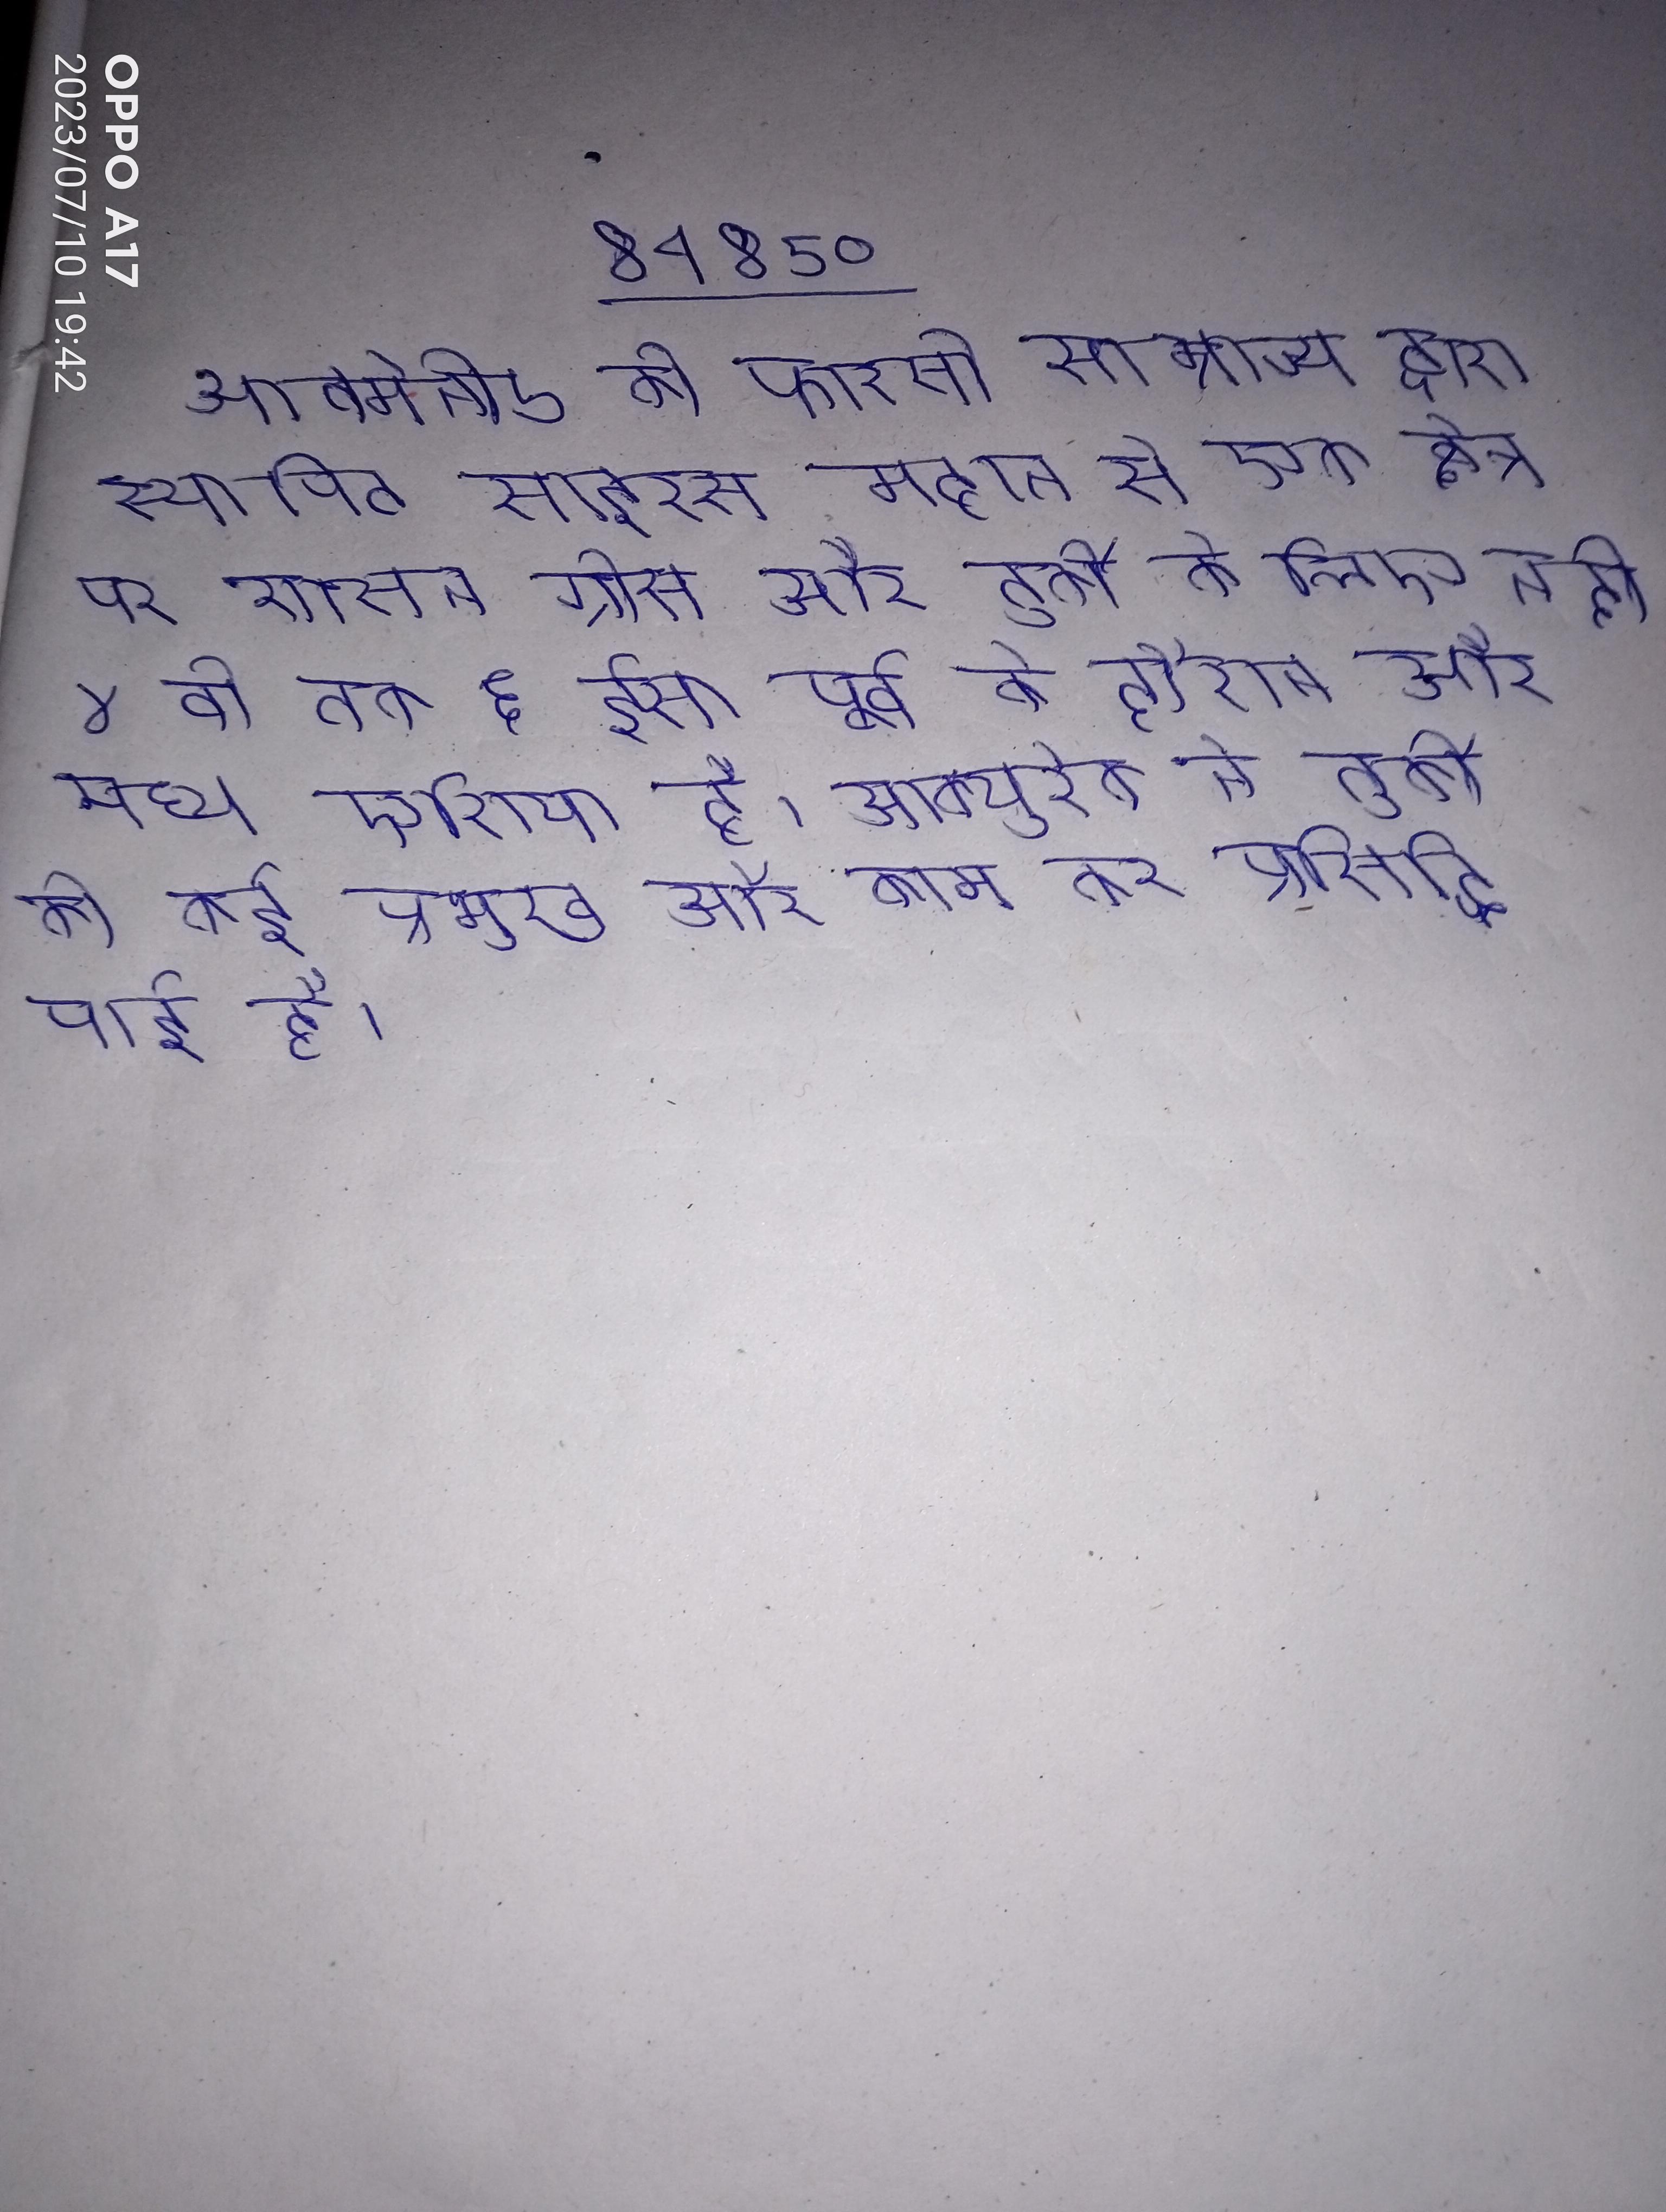
आक्मेनीड की फारसी साम्राज्य द्वारा स्थापित साइरस महान से एक क्षेत्र पर शासन ग्रीस और तुर्की के लिए नदी ४ वी तक ६ ईसा पूर्व के दौरान और मध्य एशिया है । आक्युरेक ने तुर्की की कई प्रमुख और काम कर प्रसिद्धि पाई है ।